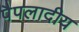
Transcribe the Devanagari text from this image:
पैपलादीय